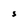
Character: S